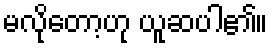
မလိုတော့ဟု ယူဆပါ၏။